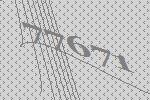
77671